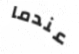
عندما